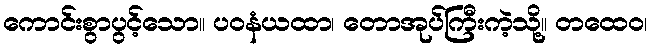
ကောင်းစွာပွင့်သော။ ပဝနံယထာ၊ တောအုပ်ကြီးကဲ့သို့။ တထေဝ၊